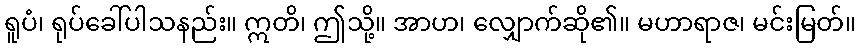
ရူပံ၊ ရုပ်ခေါ်ပါသနည်း။ ဣတိ၊ ဤသို့။ အာဟ၊ လျှောက်ဆို၏။ မဟာရာဇ၊ မင်းမြတ်။